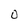
Character: 0